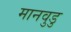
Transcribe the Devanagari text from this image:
मानवुडु